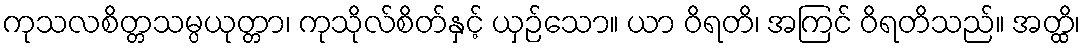
ကုသလစိတ္တသမ္ပယုတ္တာ၊ ကုသိုလ်စိတ်နှင့် ယှဉ်သော။ ယာ ဝိရတိ၊ အကြင် ဝိရတိသည်။ အတ္ထိ၊